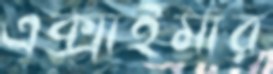
এক্সাইমার